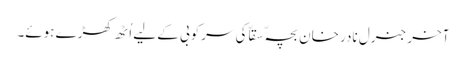
آخر جنرل نادر خان بچہّ سقاّ کی سرکوبی کے لیے اُٹھ کھڑے ہوئے۔